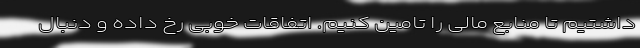
داشتیم تا منابع مالی را تامین کنیم. اتفاقات خوبی رخ داده و دنبال